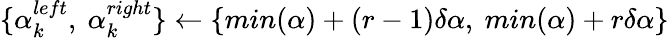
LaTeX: \{ {\alpha}_{k}^{left},\ {\alpha}_{k}^{right}\} \gets\{ min(\alpha)+(r-1)\delta\alpha,\ min(\alpha)+r\delta\alpha\}